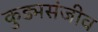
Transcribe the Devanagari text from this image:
कुड्मसंजीव